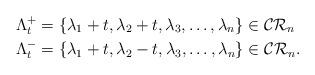
LaTeX: \begin{align*}\Lambda^{+}_{t}&=\{\lambda_{1}+t,\lambda_{2}+t,\lambda_{3},\ldots,\lambda_{n}\}\in \mathcal{CR}_{n} \\\Lambda^{-}_{t}&=\{\lambda_{1}+t,\lambda_{2}-t,\lambda_{3},\ldots,\lambda_{n}\}\in \mathcal{CR}_{n}.\end{align*}